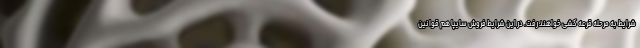
شرایط به مرحله قرعه کشی خواهند رفت. در این شرایط فروش سایپا هم قوانین